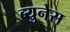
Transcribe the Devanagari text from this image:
ब्युनेस